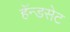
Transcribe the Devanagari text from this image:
हॅन्डसेट